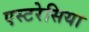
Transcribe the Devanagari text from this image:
एस्टरेसिया